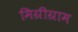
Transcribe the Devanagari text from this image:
मिग्रीग्राम